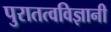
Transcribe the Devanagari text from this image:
पुरातत्वविज्ञानी